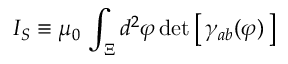
I _ { S } \equiv \mu _ { 0 } \, \int _ { \Xi } d ^ { 2 } \varphi \, \mathrm { d e t } \left[ \, \gamma _ { a b } ( \varphi ) \, \right]